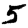
Digit: 5